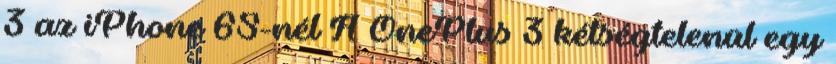
3 az iPhone 6S-nél A OnePlus 3 kétségtelenül egy